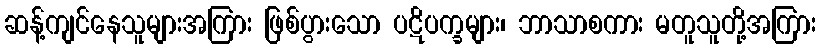
ဆန့်ကျင်နေသူများအကြား ဖြစ်ပွားသော ပဋိပက္ခများ၊ ဘာသာစကား မတူသူတို့အကြား